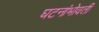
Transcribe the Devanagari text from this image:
घटनांभोवती